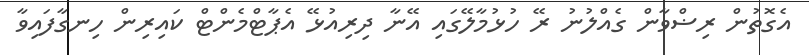
އެގޮތުން ރިޟްވާން ގެއްލުނު ރޭ ހުޅުމާލޭގައި އޭނާ ދިރިއުޅޭ އެޕާޓްމެންޓް ކައިރިން ހިނގާފައިވާ